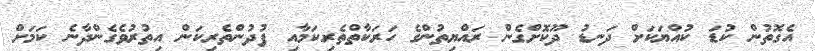
އެގޮތުން ކުޑަ ކުއްޔަކަށް ދަނޑު ދޫކޮށްގެން ރައްޔިތުންގެ ހަރަކާތްތެރިކަމާއި ފުދުންތެރިކަން އިތުރުވެގެންދާނެ ކަމަށް